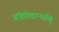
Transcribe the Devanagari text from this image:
ब्रॉह्मोबान्धॉब्